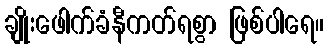
ချိုးဖေါက်ခံနီကတ်ရစွာ ဖြစ်ပါရေ။